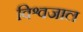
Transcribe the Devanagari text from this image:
विश्वजाल